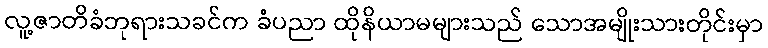
လူ့ဇာတိခံဘုရားသခင်က ခံပညာ ထိုနိယာမများသည် သောအမျိုးသားတိုင်းမှာ